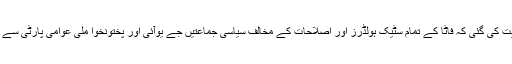
تاہم بعد میں وزیراعظم کی طرف سے اصلاحاتی کمیٹی کو ہدایت کی گئی کہ فاٹا کے تمام سٹیک ہولڈرز اور اصلاحات کے مخالف سیاسی جماعتیں جے یوآئی اور پختونخوا ملی عوامی پارٹی سے مشارت کر کے ایسا فیصلہ کیا جائے جس سے سب متفق ہوں۔